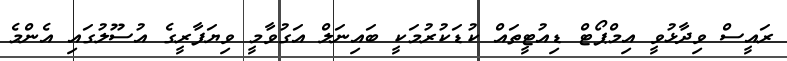
ރައީސް ވިދާޅުވީ އިމްޕޯޓް ޑިއުޓީތައް ކުޑަކުރުމަކީ ބައިނަލް އަގުވާމީ ވިޔަފާރީގެ އުސޫލުގައި އެންމެ